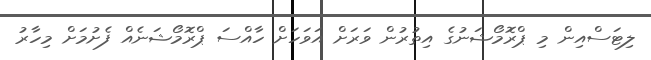
ލިޓަސްއިން މި ޕްރޮމޯޝަނުގެ އިތުރުން ވަރަށް އަވަހަށް ހާއްސަ ޕްރޮމޯޝަނެއް ފެށުމަށް މިހާރު